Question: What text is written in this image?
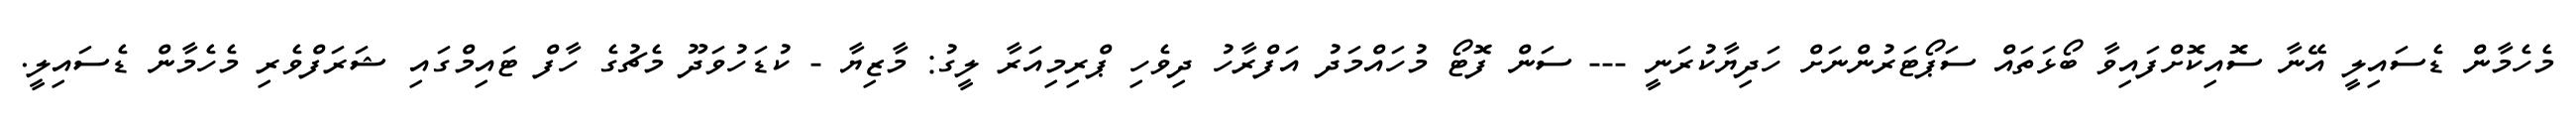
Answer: މެހެމާން ޑެސައިލީ އޭނާ ސޮއިކޮށްފައިވާ ބޯޅަތައް ސަޕޯޓަރުންނަށް ހަދިޔާކުރަނީ --- ސަން ފޮޓޯ މުހައްމަދު އަފްރާހު ދިވެހި ޕްރިމިއަރާ ލީގު: މާޒިޔާ - ކުޑަހުވަދޫ މެޗުގެ ހާފް ޓައިމްގައި ޝަރަފްވެރި މެހެމާން ޑެސައިލީ.